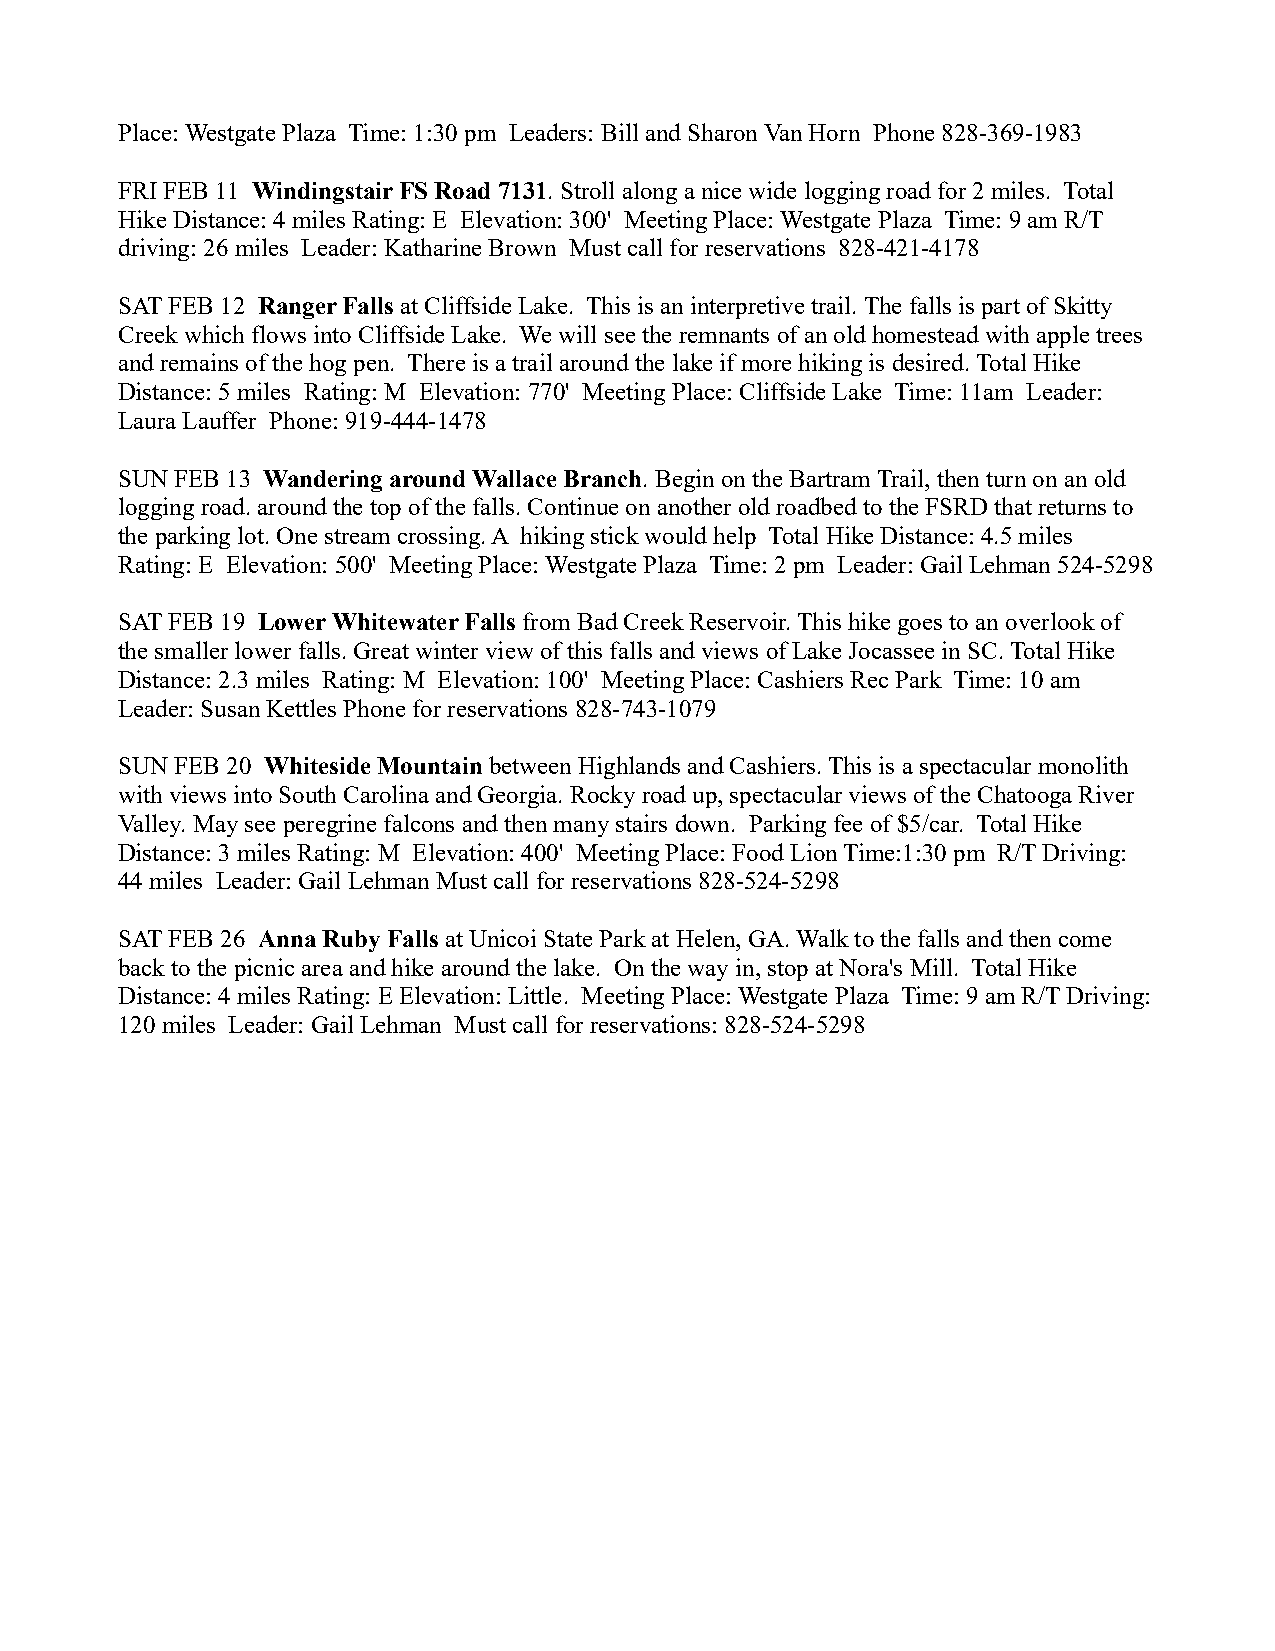
Place: Westgate Plaza Time: 1:30 pm Leaders: Bill and Sharon Van Horn Phone 828-369-1983
 FRI FEB 11 Windingstair FS Road 7131. Stroll along a nice wide logging road for 2 miles. Total
 Hike Distance: 4 miles Rating: E Elevation: 300' Meeting Place: Westgate Plaza Time: 9 am R/T
 driving: 26 miles Leader: Katharine Brown Must call for reservations 828-421-4178
 SAT FEB 12 Ranger Falls at Cliffside Lake. This is an interpretive trail. The falls is part of Skitty
 Creek which flows into Cliffside Lake. We will see the remnants of an old homestead with apple trees
 and remains of the hog pen. There is a trail around the lake if more hiking is desired. Total Hike
 Distance: 5 miles Rating: M Elevation: 770' Meeting Place: Cliffside Lake Time: 11am Leader:
 Laura Lauffer Phone: 919-444-1478
 SUN FEB 13 Wandering around Wallace Branch. Begin on the Bartram Trail, then turn on an old
 logging road. around the top of the falls. Continue on another old roadbed to the FSRD that returns to
 the parking lot. One stream crossing. A hiking stick would help Total Hike Distance: 4.5 miles
 Rating: E Elevation: 500' Meeting Place: Westgate Plaza Time: 2 pm Leader: Gail Lehman 524-5298
 SAT FEB 19 Lower Whitewater Falls from Bad Creek Reservoir. This hike goes to an overlook of
 the smaller lower falls. Great winter view of this falls and views of Lake Jocassee in SC. Total Hike
 Distance: 2.3 miles Rating: M Elevation: 100' Meeting Place: Cashiers Rec Park Time: 10 am
 Leader: Susan Kettles Phone for reservations 828-743-1079
 SUN FEB 20 Whiteside Mountain between Highlands and Cashiers. This is a spectacular monolith
 with views into South Carolina and Georgia. Rocky road up, spectacular views of the Chatooga River
 Valley. May see peregrine falcons and then many stairs down. Parking fee of $5/car. Total Hike
 Distance: 3 miles Rating: M Elevation: 400' Meeting Place: Food Lion Time:1:30 pm R/T Driving:
 44 miles Leader: Gail Lehman Must call for reservations 828-524-5298
 SAT FEB 26 Anna Ruby Falls at Unicoi State Park at Helen, GA. Walk to the falls and then come
 back to the picnic area and hike around the lake. On the way in, stop at Nora's Mill. Total Hike
 Distance: 4 miles Rating: E Elevation: Little. Meeting Place: Westgate Plaza Time: 9 am R/T Driving:
 120 miles Leader: Gail Lehman Must call for reservations: 828-524-5298